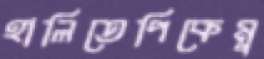
হালিতেপিকেমু